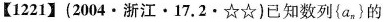
【1221】(2004·浙江·17.2·☆☆)已知数列(a_{n}}的